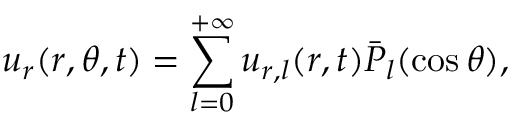
u _ { r } ( r , \theta , t ) = \sum _ { l = 0 } ^ { + \infty } u _ { r , l } ( r , t ) \bar { P } _ { l } ( \cos \theta ) ,